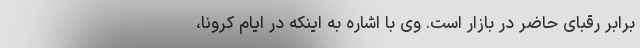
برابر رقبای حاضر در بازار است. وی با اشاره به اینکه در ایام کرونا،